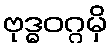
ဗုဒ္ဓဝဂ္ဂမှိ